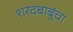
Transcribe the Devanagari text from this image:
शरदबाबूंचा